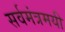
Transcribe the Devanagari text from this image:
सर्वमंत्रमयी